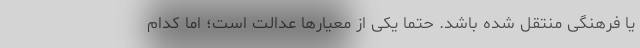
یا فرهنگی منتقل شده باشد. حتما یکی از معیارها عدالت است؛ اما کدام